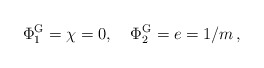
\begin{align*}\Phi^{\rm G}_1 = \chi=0, \,\,\,\,\,\,\Phi^{\rm G}_2 = e = 1/m\,,\end{align*}